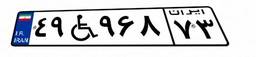
۷۰W۸۵۲۲۱